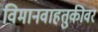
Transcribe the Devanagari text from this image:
विमानवाहतुकीवर